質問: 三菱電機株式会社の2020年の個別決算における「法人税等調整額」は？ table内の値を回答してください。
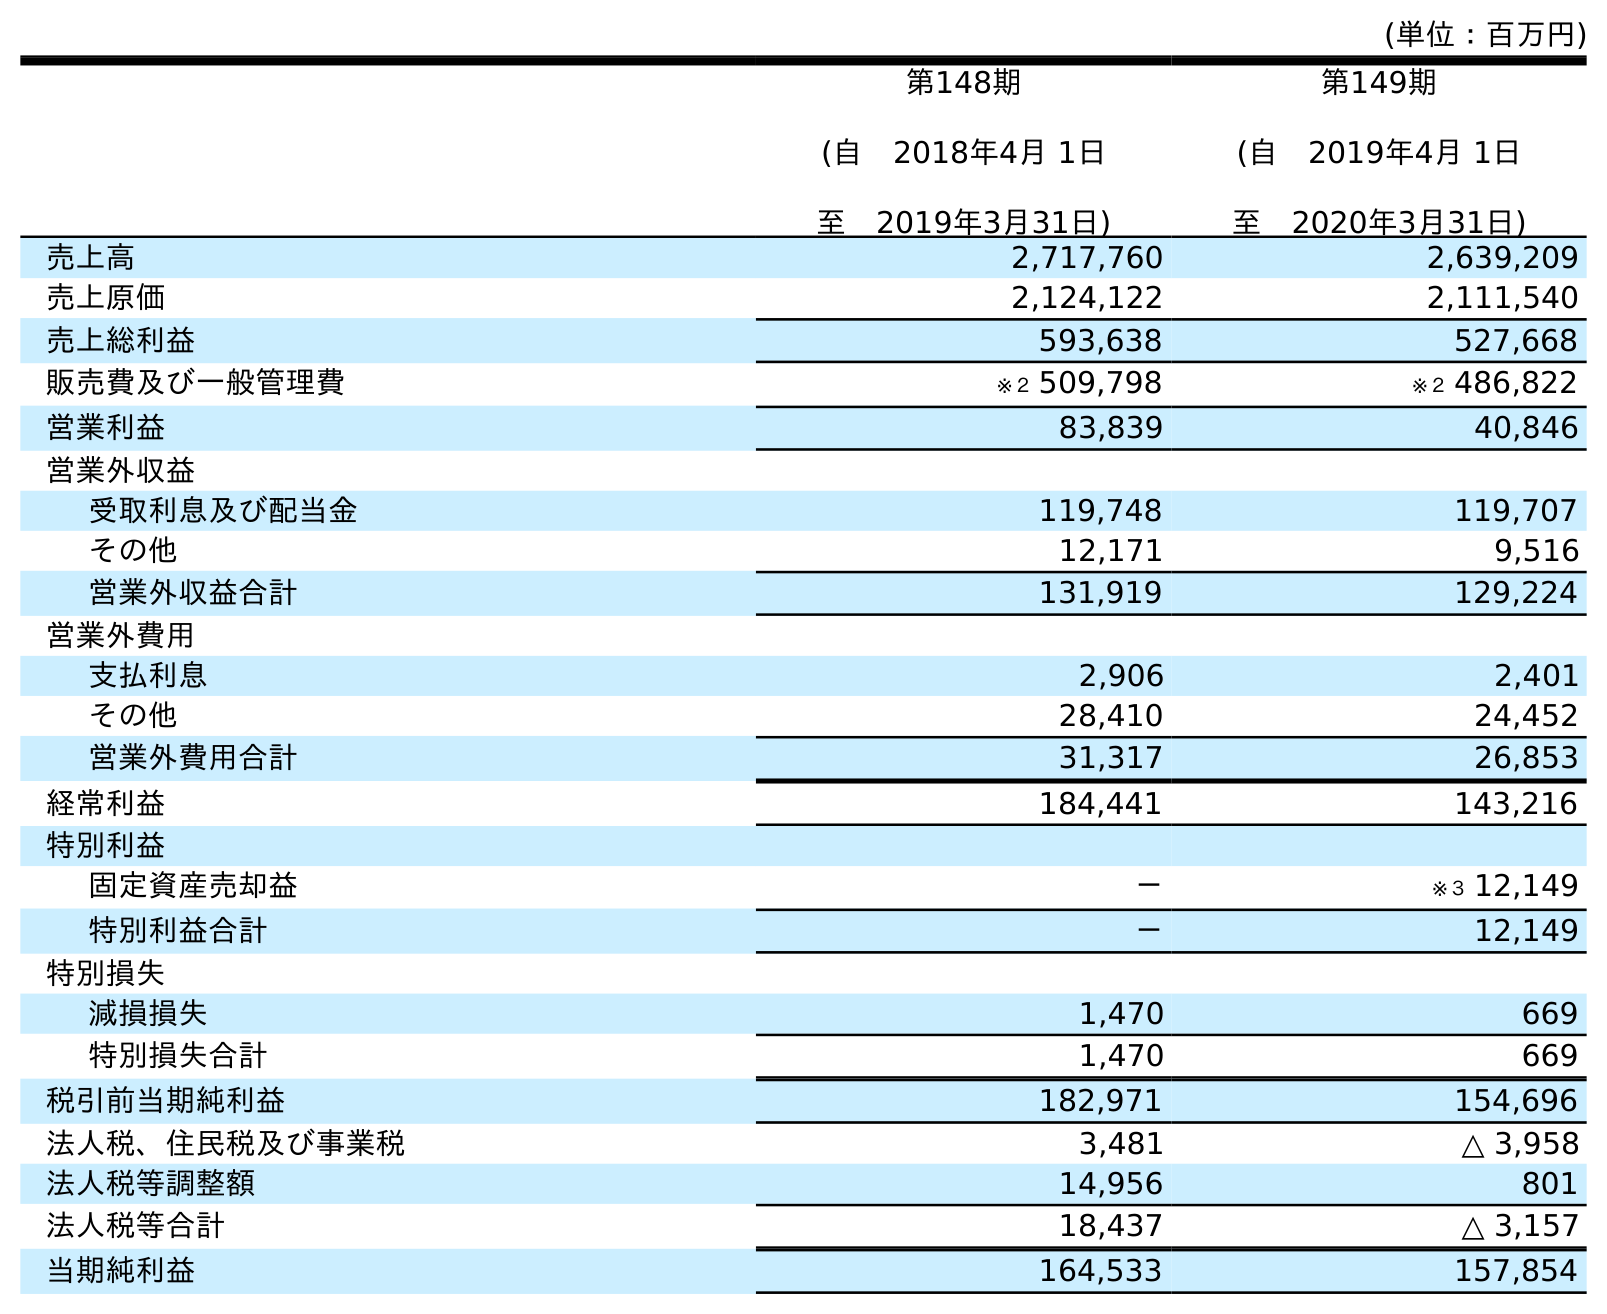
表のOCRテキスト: (単位：百万円) 第148期 (自 2018年4月 1日 至 2019年3月31日) 第149期 (自 2019年4月 1日 至 2020年3月31日) 売上高 2,717,760 2,639,209 売上原価 2,124,122 2,111,540 売上総利益 593,638 527,668 販売費及び一般管理費 ※２ 509,798 ※２ 486,822 営業利益 83,839 40,846 営業外収益 受取利息及び配当金 119,748 119,707 その他 12,171 9,516 営業外収益合計 131,919 129,224 営業外費用 支払利息 2,906 2,401 その他 28,410 24,452 営業外費用合計 31,317 26,853 経常利益 184,441 143,216 特別利益 固定資産売却益 － ※３ 12,149 特別利益合計 － 12,149 特別損失 減損損失 1,470 669 特別損失合計 1,470 669 税引前当期純利益 182,971 154,696 法人税、住民税及び事業税 3,481 △ 3,958 法人税等調整額 14,956 801 法人税等合計 18,437 △ 3,157 当期純利益 164,533 157,854
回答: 801